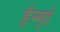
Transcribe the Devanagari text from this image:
ड्रैम्बुई